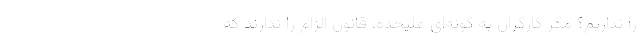
را نداریم؟ مگر کارگران به گونه‌ای علیحده، قانون الزام را ندارند که